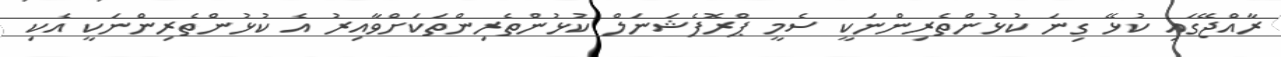
ރާއްޖޭގައި ކުޅޭ ގިނަ ކުޅުންތެރިންނަކީ ސެމީ ޕްރޮފެޝަނަލް ކުޅުންތެރިންތަކަށްވާއިރު އެ ކުޅުންތެރިންނަކީ އެކި